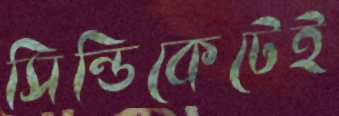
সিন্ডিকেটেই